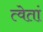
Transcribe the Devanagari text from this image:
त्वेतां